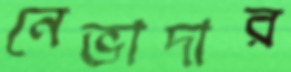
নেভাদার